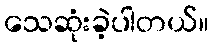
သေဆုံးခဲ့ပါတယ်။